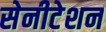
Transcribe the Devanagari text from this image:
सेनीटेशन